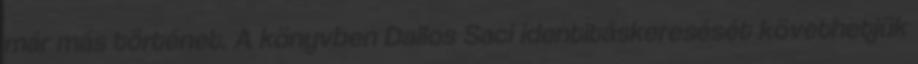
már más történet. A könyvben Dallos Saci identitáskeresését követhetjük